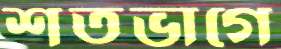
শতভাগে